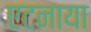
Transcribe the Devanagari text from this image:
एटनाया